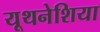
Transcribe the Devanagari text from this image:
यूथनेशिया